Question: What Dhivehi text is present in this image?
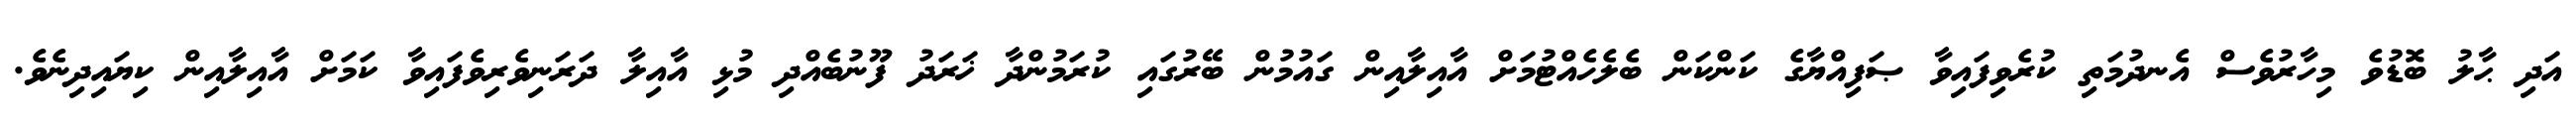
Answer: އަދި ޙާލު ބޮޑުވެ މިހާރުވެސް އެނދުމަތި ކުރެވިފައިވާ ޞަފިއްޔާގެ ކަންކަން ބެލެހެއްޓުމަށް އާއިލާއިން ގައުމުން ބޭރުގައި ކުރަމުންދާ ޚަރަދު ފޫނުބެއްދި މުޅި އާއިލާ ދަރަނިވެރިވެފައިވާ ކަމަށް އާއިލާއިން ކިޔައިދިނެވެ.